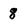
Character: 8